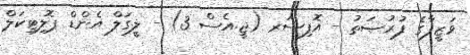
ވަޒީފާގެ ފުރުޞަތު - އޮފިސަރ (ޖީ.އެސް 3) - ލީގަލް އެންޑް ޕޮލިޓިކަލް